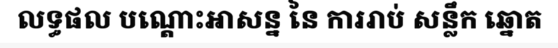
លទ្ធផល បណ្តោះអាសន្ន នៃ ការរាប់ សន្លឹក ឆ្នោត